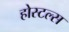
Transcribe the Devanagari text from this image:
होस्टल्स